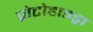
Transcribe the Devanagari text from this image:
प्रोटोहाइड्रा